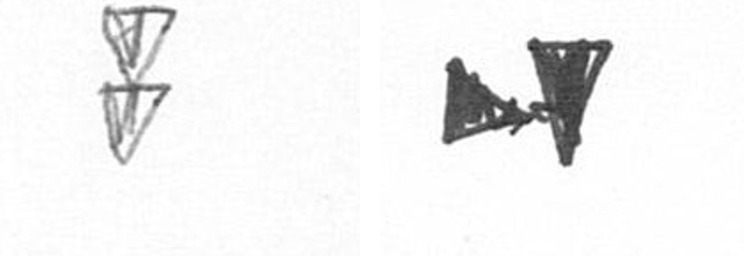
Z M